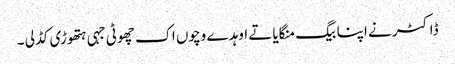
ڈاکٹر نے اپنا بیگ منگایا تے اوہد ے وچوں اک چھوٹی جہی ہتھوڑی کڈ لی ۔